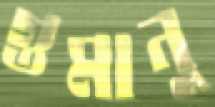
গুমানু